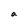
Character: a